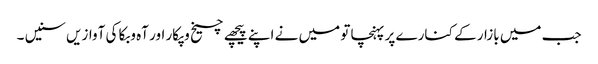
جب میں بازار کے کنارے پر پہنچا تو میں نے اپنے پیچھے چیخ وپکار اور آہ وبکا کی آوازیں سنیں ۔